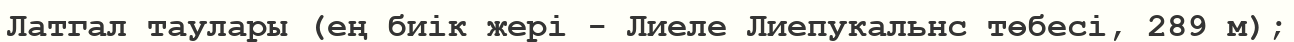
Латгал таулары (ең биік жері - Лиеле Лиепукальнс төбесі, 289 м);